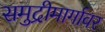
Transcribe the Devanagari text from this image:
समुद्रीमार्गावर